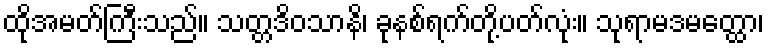
ထိုအမတ်ကြီးသည်။ သတ္တဒိဝသာနိ၊ ခုနစ်ရက်တို့ပတ်လုံး။ သုရာမဒမတ္ထော၊